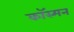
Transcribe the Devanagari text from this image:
कॉस्मन